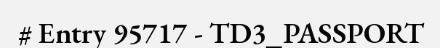
# Entry 95717 - TD3_PASSPORT